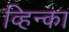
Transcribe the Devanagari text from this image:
व्हिन्का